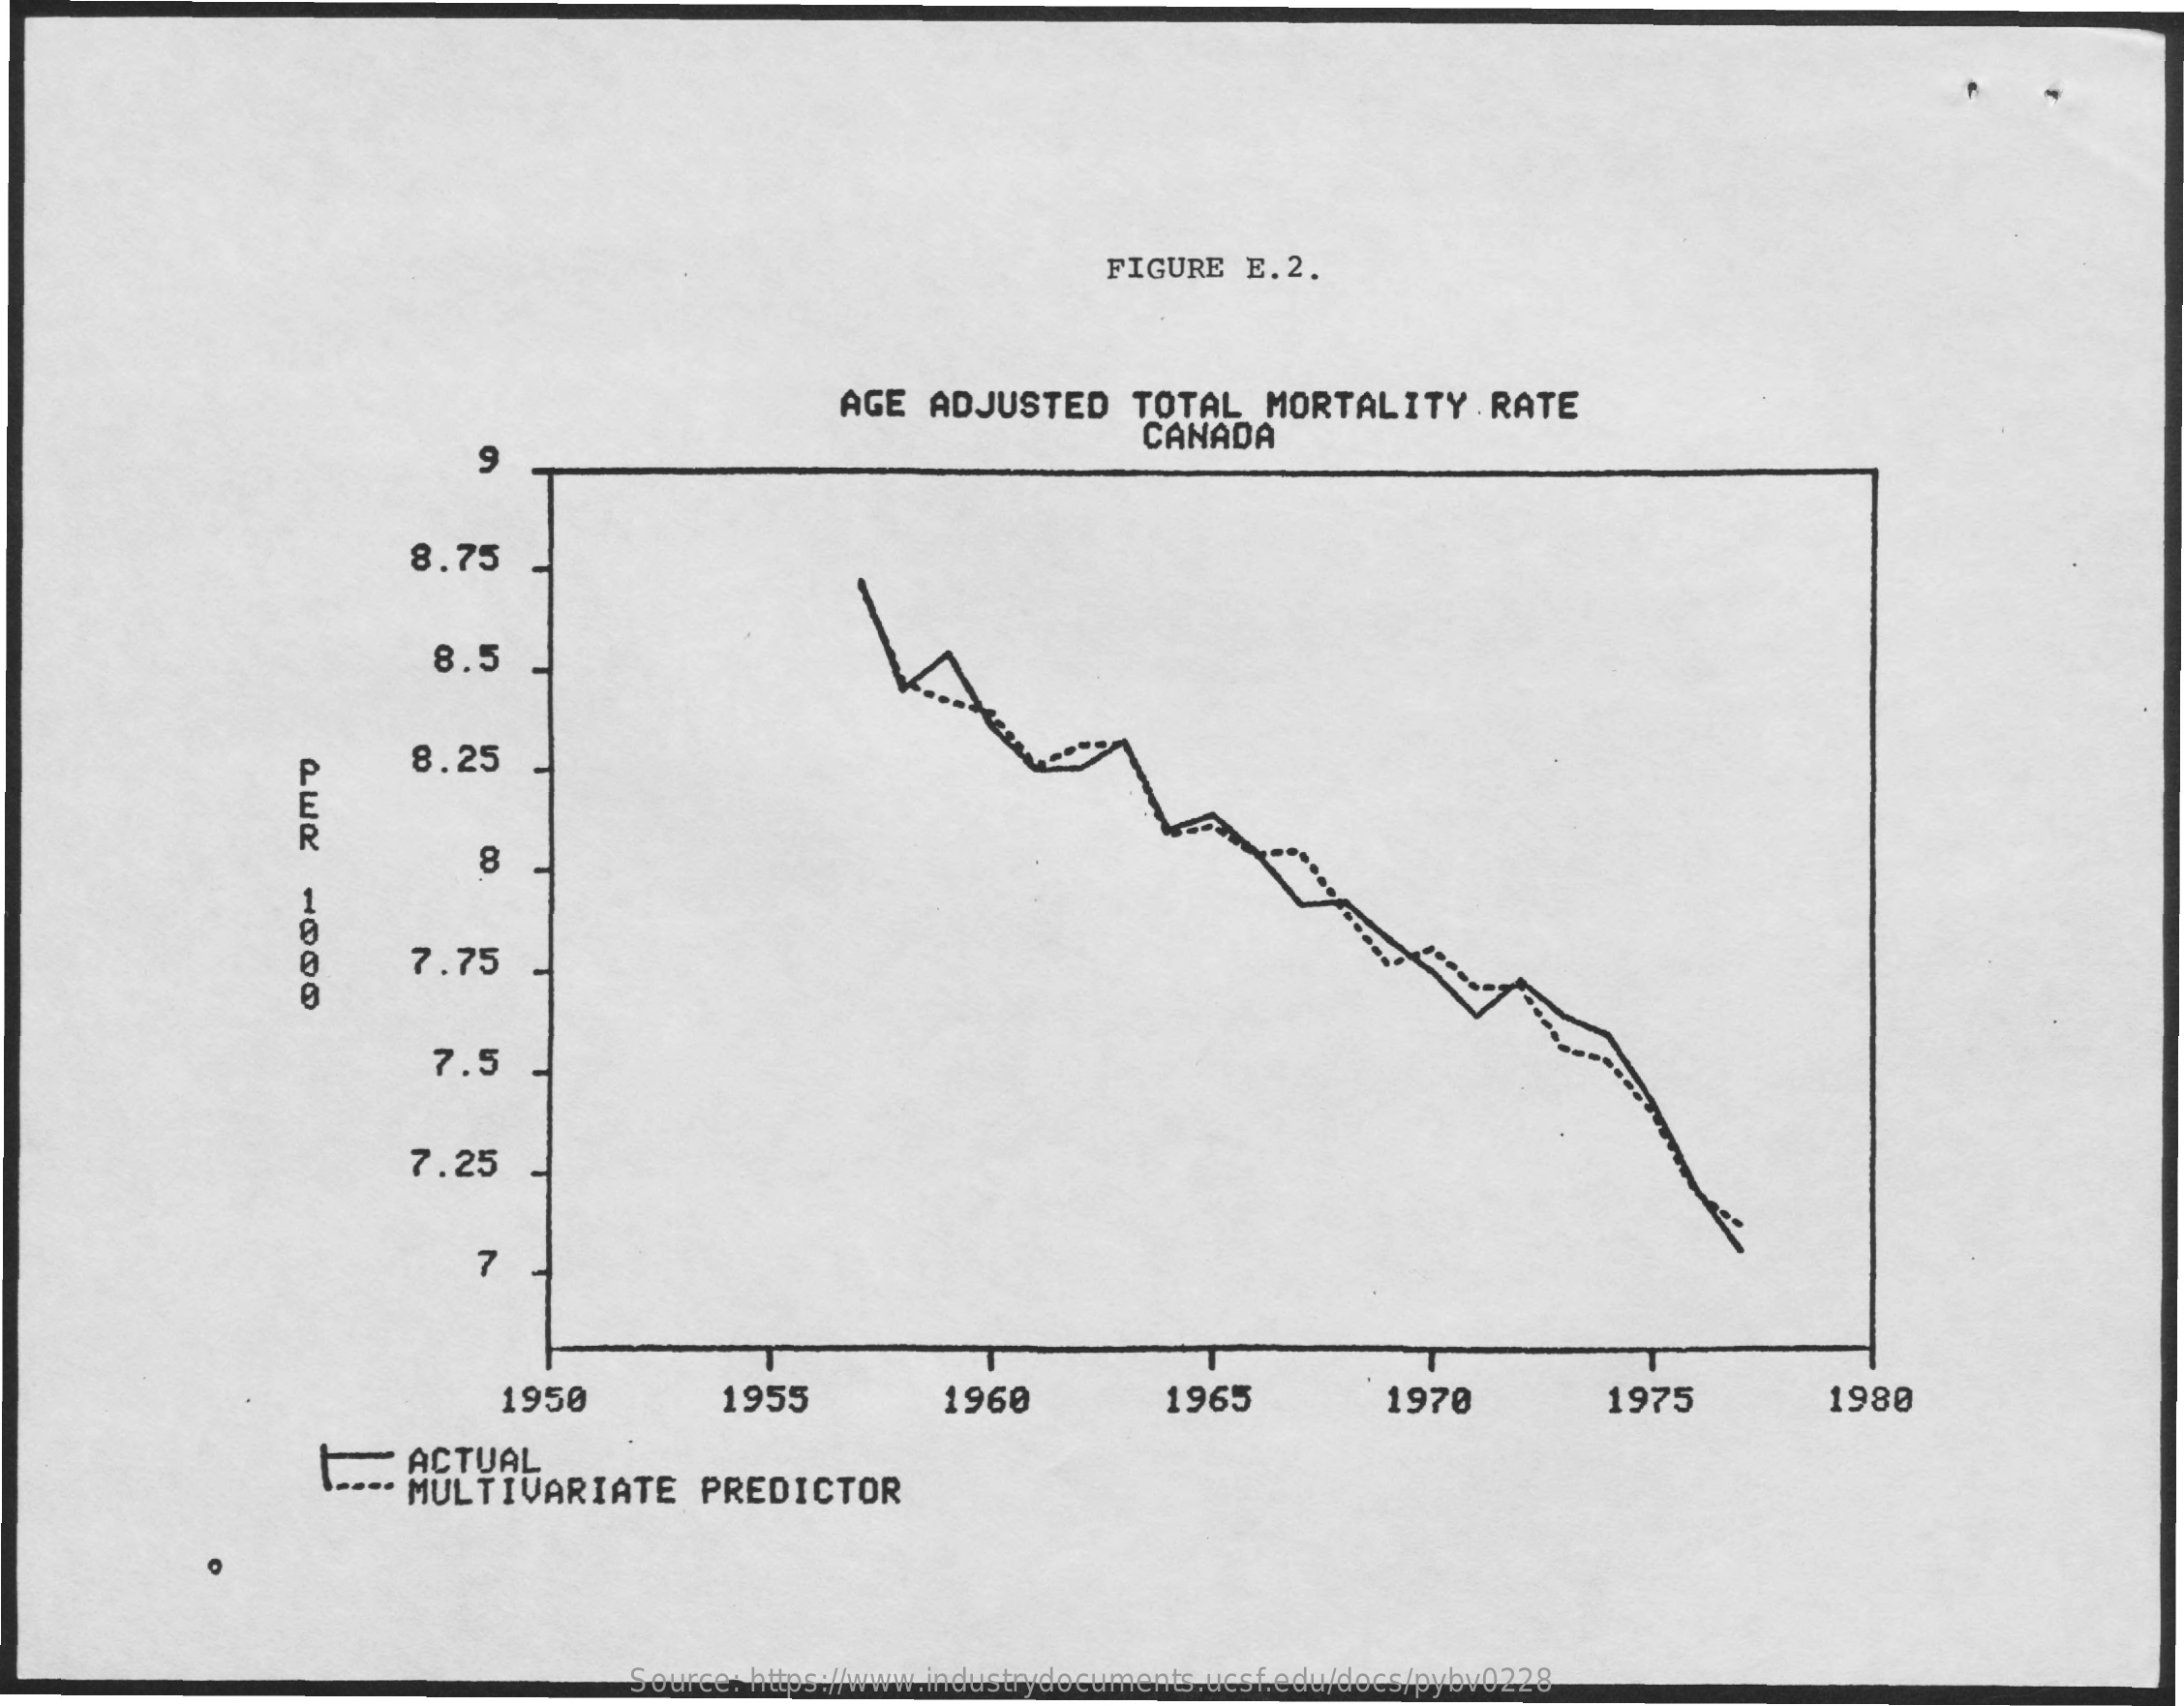
FIGURE   E.2.
     AGE  ADJUSTED    TOTAL    MORTALITY    RATE
     9
     CANADA
     8.75
     8.5
     8.25
     a.Wa
     8
     7.75
     7.5
     7.25
     7
     1950    1955    1960    1965    1970    1975    1980
     ACTUAL
     MULTIVARIATE    PREDICTOR
     Source: https://www.industrydocuments.ucsf.edu/docs/pybv0228